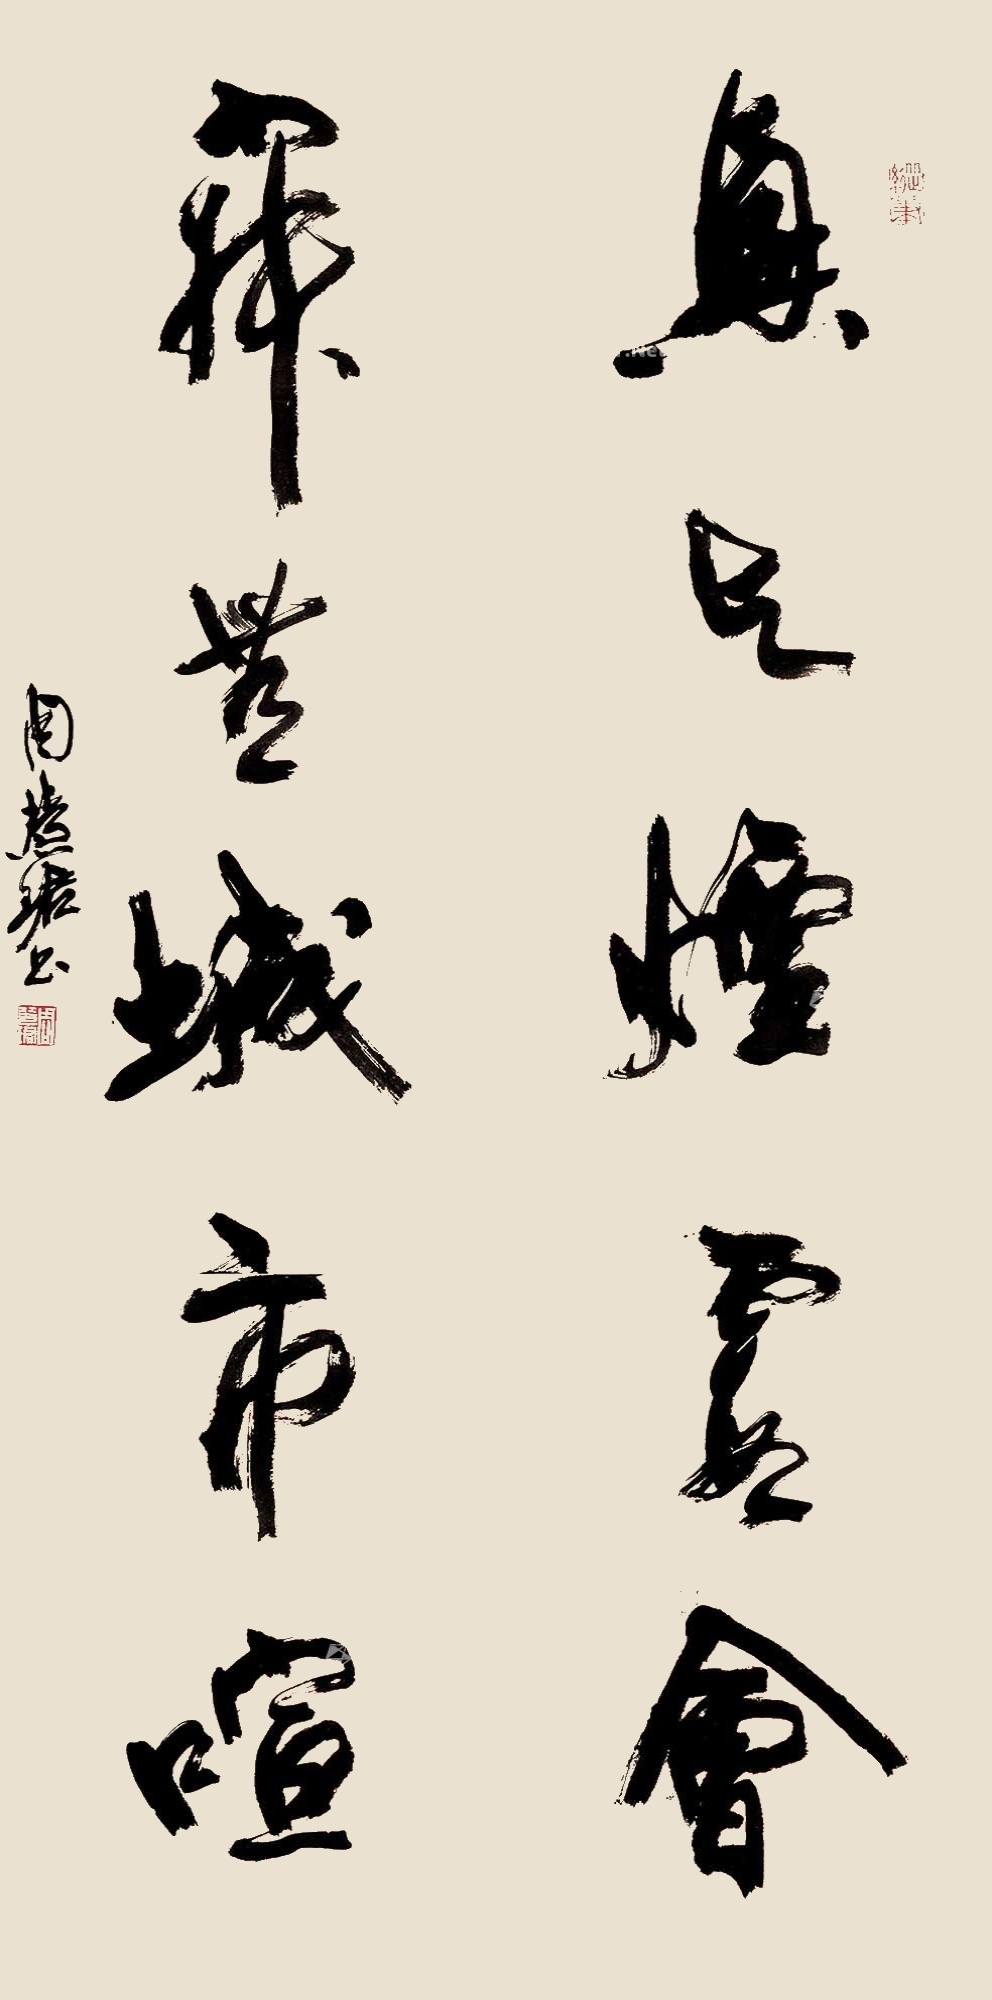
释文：兴与烟霞会，寂无城市喧。周慧珺书。